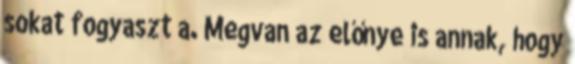
sokat fogyaszt a. Megvan az előnye is annak, hogy